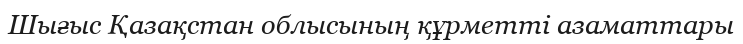
Шығыс Қазақстан облысының құрметті азаматтары